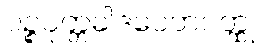
ပဉ္စပုတ္တခါဒပေတဝတ္ထု